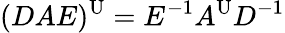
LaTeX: (DAE)^{\mathrm{U}}=E^{-1}A^{\mathrm{U}}D^{-1}